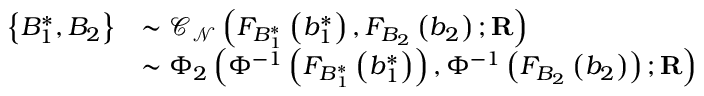
\begin{array} { r l } { \left\{ B _ { 1 } ^ { \ast } , B _ { 2 } \right\} } & { \sim \mathcal { C } _ { \mathcal { N } } \left( F _ { B _ { 1 } ^ { \ast } } \left( b _ { 1 } ^ { \ast } \right) , F _ { B _ { 2 } } \left( b _ { 2 } \right) ; \mathbf { R } \right) } \\ & { \sim \Phi _ { 2 } \left( \Phi ^ { - 1 } \left( F _ { B _ { 1 } ^ { \ast } } \left( b _ { 1 } ^ { \ast } \right) \right) , \Phi ^ { - 1 } \left( F _ { B _ { 2 } } \left( b _ { 2 } \right) \right) ; \mathbf { R } \right) } \end{array}